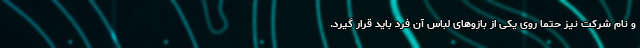
و نام شرکت نیز حتماً روی یکی از بازو‌های لباس آن فرد باید قرار گیرد.